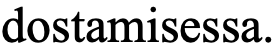
dostamisessa.